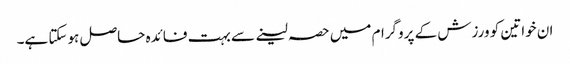
ان خواتین کو ورزش کے پروگرام میں حصہ لینے سے بہت فائدہ حاصل ہوسکتا ہے۔